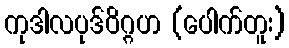
ကုဒါလပုဒ်ဝိဂ္ဂဟ (ပေါက်တူး)